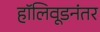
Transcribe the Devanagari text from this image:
हॉलिवूडनंतर